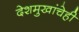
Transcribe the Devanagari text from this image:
देशमुखांचेही